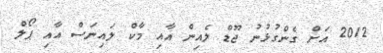
2012 އަށް ގެންގުޅުނު ޖޫޑް ލެއިން އާއި މާކް ލައިނަސް އާއި ޕޯލް